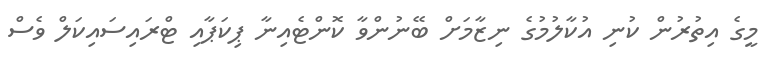
މީގެ އިތުރުން ކުނި އުކާލުމުގެ ނިޒާމަށް ބޭނުންވާ ކޮންޓެއިނާ ޕިކަޕާއި ޓްރައިސައިކަލް ވެސް